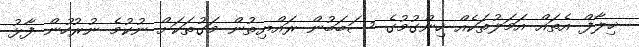
ޚިލާފް އެތައް އަމަލުތަކެއް ހިންގުމުގެ ސަބަބުން ރައްޔިތުން މަގުތަކަށް ނުކުމެ ނުރުހުން ފާޅު